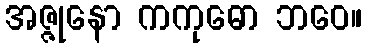
အဇ္ဇုနော ကကုဓော ဘဝေ။